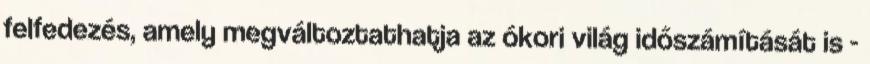
felfedezés, amely megváltoztathatja az ókori világ időszámítását is -